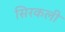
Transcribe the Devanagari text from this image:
सिरकली